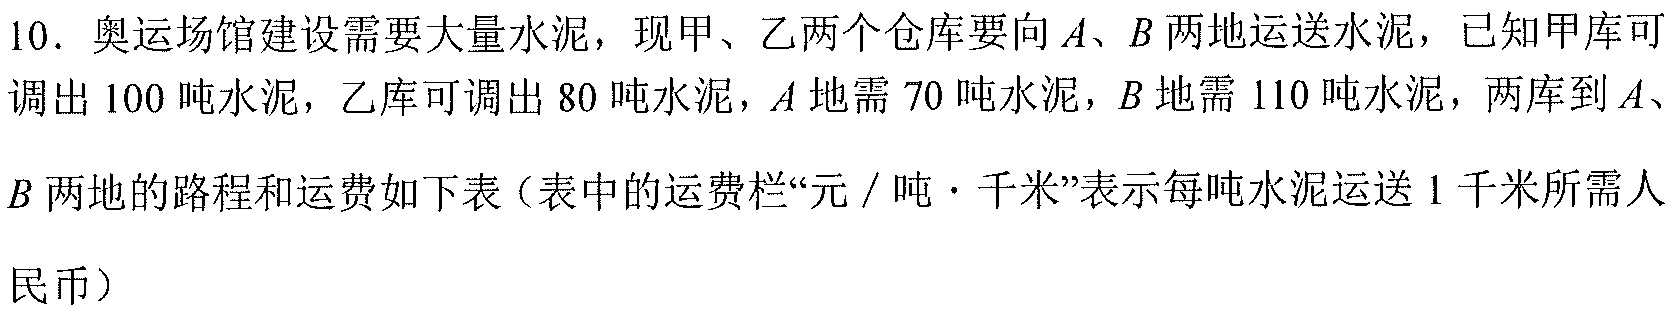
10．奥运场馆建设需要大量水泥，现甲、乙两个仓库要向\(A、B\)两地运送水泥，已知甲库可
调出100吨水泥，乙库可调出80吨水泥，\(A\)地需70吨水泥，\(B\)地需110吨水泥，两库到\(A、\)
\(B\)两地的路程和运费如下表（表中的运费栏“元 / 吨·千米”表示每吨水泥运送1千米所需人
民币）